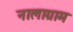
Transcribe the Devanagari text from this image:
नालाग्राम